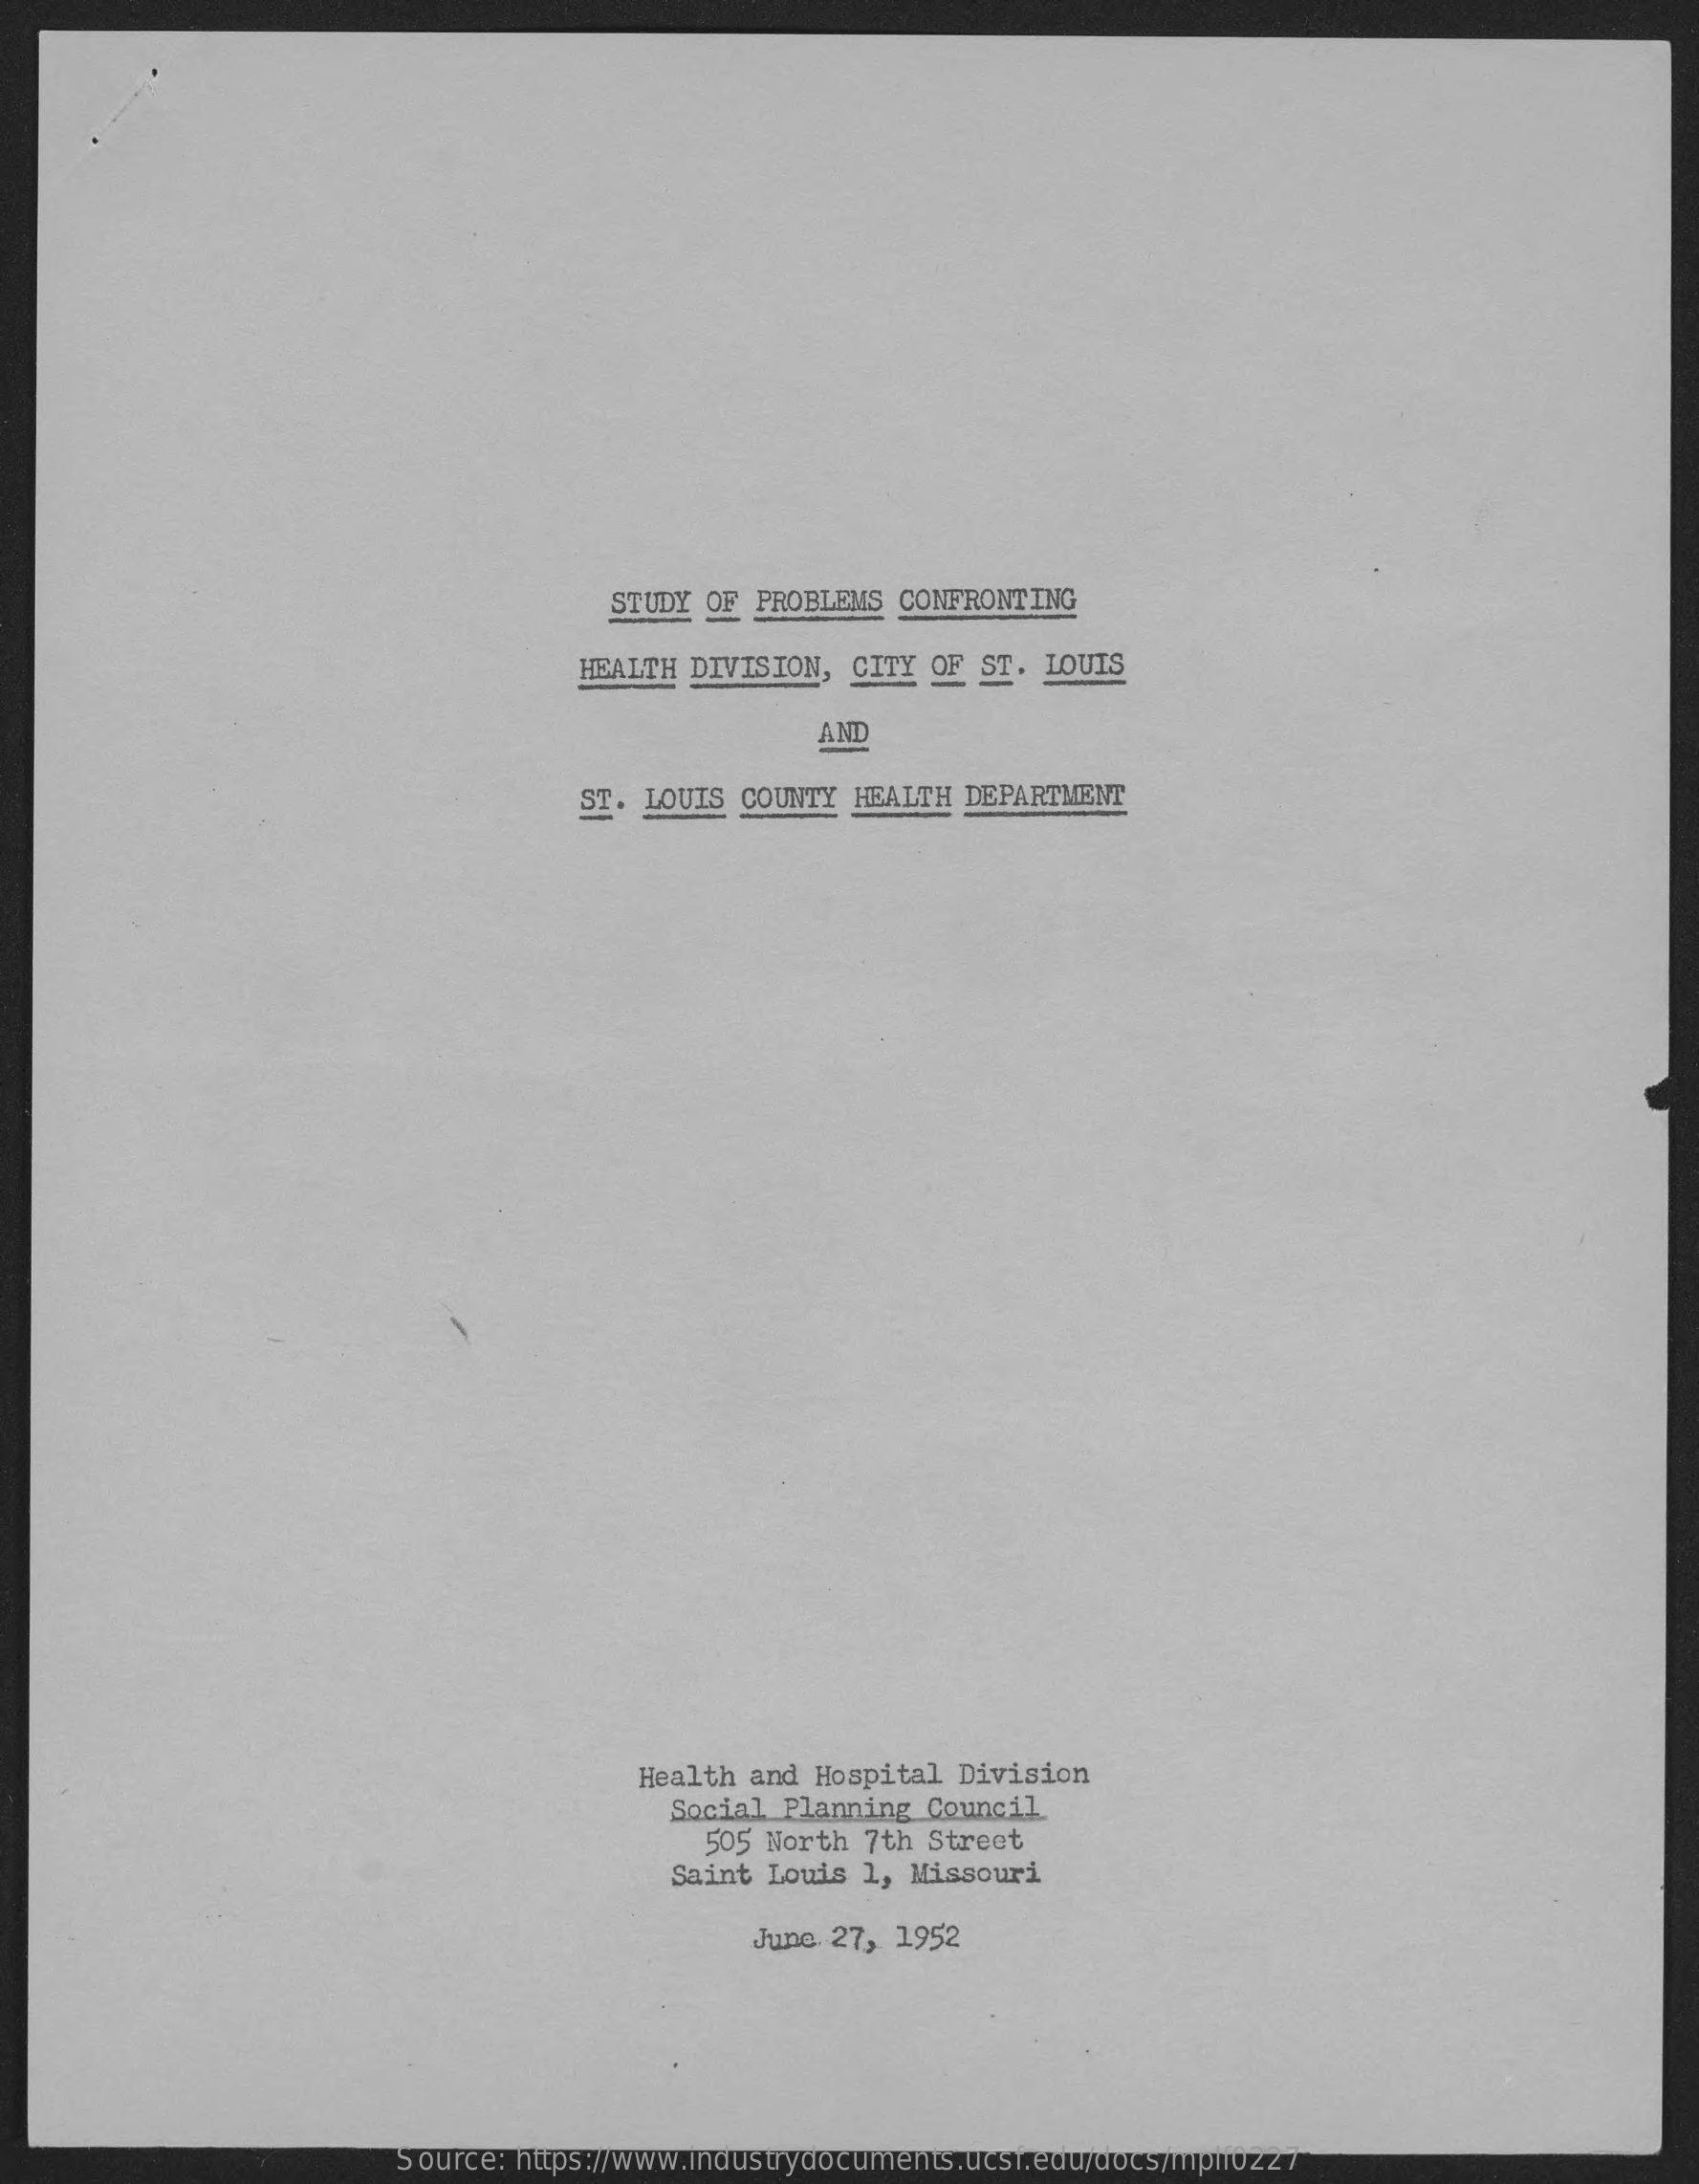
STUDY OF PROBLEMS  CONFRONTING
     HEALTH DIVISION,  CITY OF ST. LOUIS
     AND
     ST. LOUIS COUNTY  HEALTH DEPARTMENT
     Health and Hospital  Division
     Social Planning  Council
     505 North  7th Street
     Saint Louis 1, Missouri
     June 27,  1952
     Source: https://www.industrydocuments.ucsf.edu/docs/mplf0227